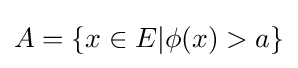
A=\{x\in E|\phi (x)>a\}